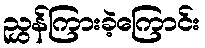
ညွှန်ကြားခဲ့ကြောင်း